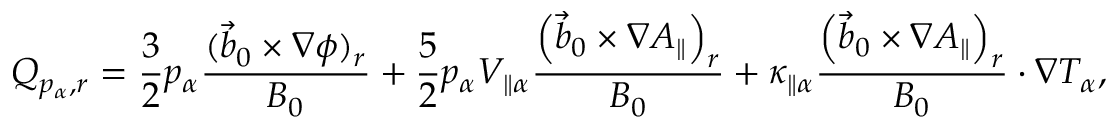
Q _ { p _ { \alpha } , r } = \frac { 3 } { 2 } p _ { \alpha } \frac { ( \vec { b } _ { 0 } \times \nabla \phi ) _ { r } } { B _ { 0 } } + \frac { 5 } { 2 } p _ { \alpha } V _ { \parallel \alpha } \frac { \left( \vec { b } _ { 0 } \times \nabla A _ { \parallel } \right) _ { r } } { B _ { 0 } } + \kappa _ { \parallel \alpha } \frac { \left( \vec { b } _ { 0 } \times \nabla A _ { \parallel } \right) _ { r } } { B _ { 0 } } \cdot \nabla T _ { \alpha } ,